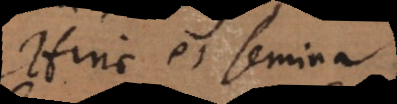
Hinc et semina